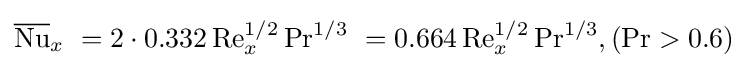
{\overline {\mathrm {Nu} }}_{x}\ ={2}\cdot 0.332\,\mathrm {Re} _{x}^{1/2}\,\mathrm {Pr} ^{1/3}\ =0.664\,\mathrm {Re} _{x}^{1/2}\,\mathrm {Pr} ^{1/3},(\mathrm {Pr} >0.6)